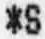
*S